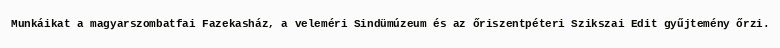
Munkáikat a magyarszombatfai Fazekasház, a veleméri Sindümúzeum és az őriszentpéteri Szikszai Edit gyűjtemény őrzi.